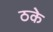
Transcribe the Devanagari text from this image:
ठके